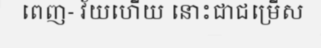
ពេញ- វ័យហើយ នោះជាជម្រើស